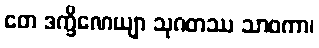
တေ ဒက္ခိဏေယျာ သုဂတဿ သာဝကာ၊